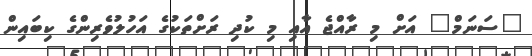
"ސަނަމް" އަށް މި ރާއްޖެ އާއި މި ކުދި ރަށްތަކުގެ އަހުލުވެރިންގެ ކިބައިން